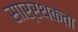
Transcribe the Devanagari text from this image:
सार्रथकता